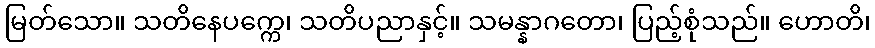
မြတ်သော။ သတိနေပက္ကေ၊ သတိပညာနှင့်။ သမန္နာဂတော၊ ပြည့်စုံသည်။ ဟောတိ၊